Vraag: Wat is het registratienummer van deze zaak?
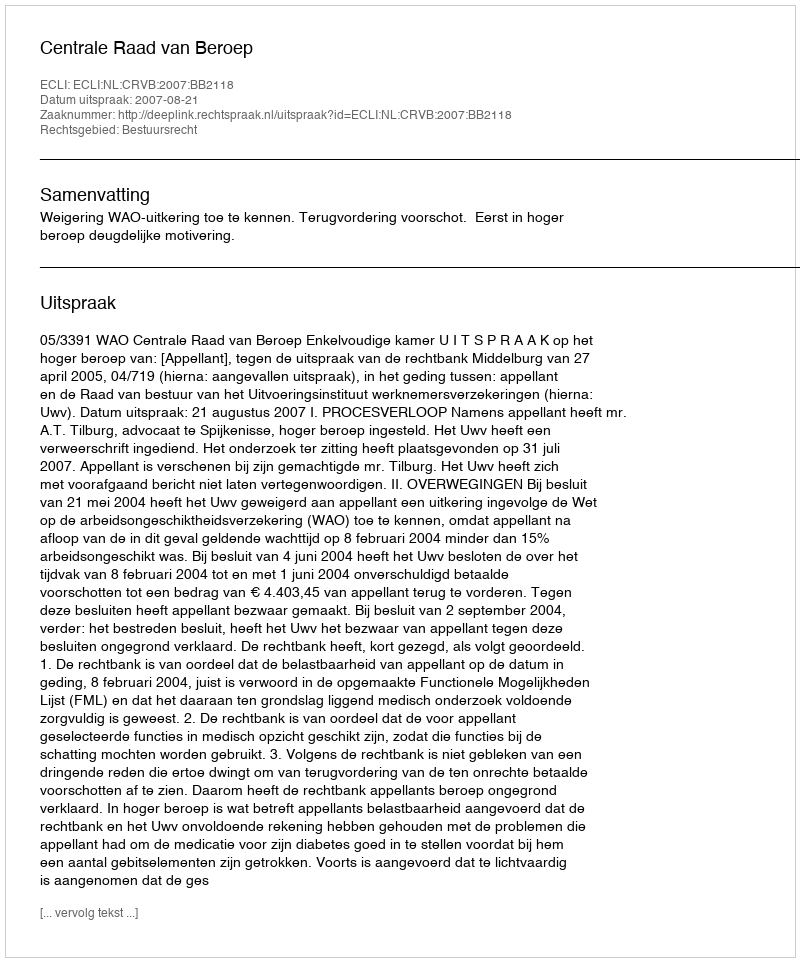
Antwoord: http://deeplink.rechtspraak.nl/uitspraak?id=ECLI:NL:CRVB:2007:BB2118